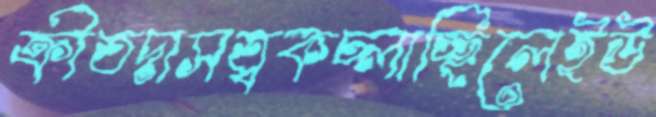
ক্রীতদাসত্বকচ্‌লাচ্ছিলেইউ